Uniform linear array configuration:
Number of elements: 12
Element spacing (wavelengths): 0.25
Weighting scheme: exponential
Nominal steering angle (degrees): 15
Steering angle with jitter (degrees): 15.153
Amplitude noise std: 0.05
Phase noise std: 0.05

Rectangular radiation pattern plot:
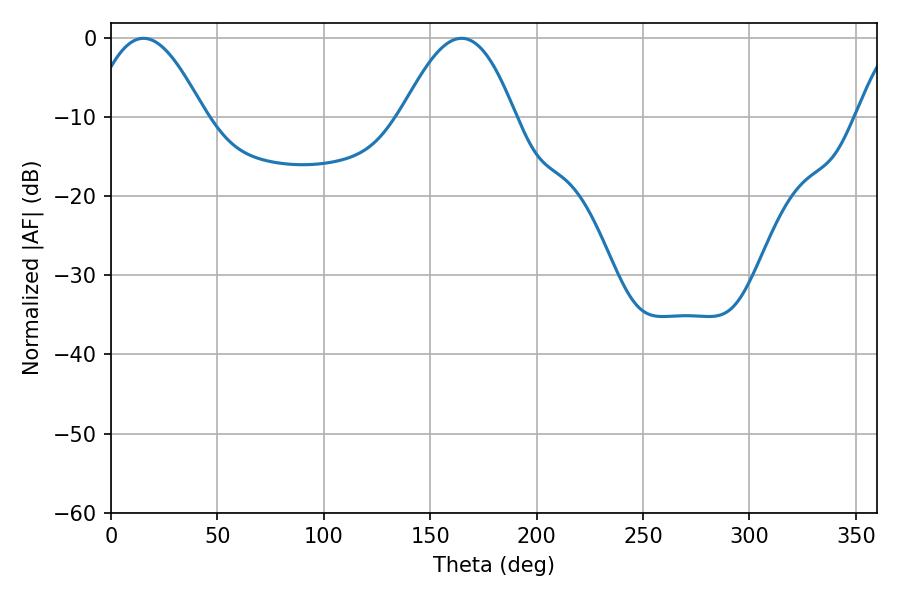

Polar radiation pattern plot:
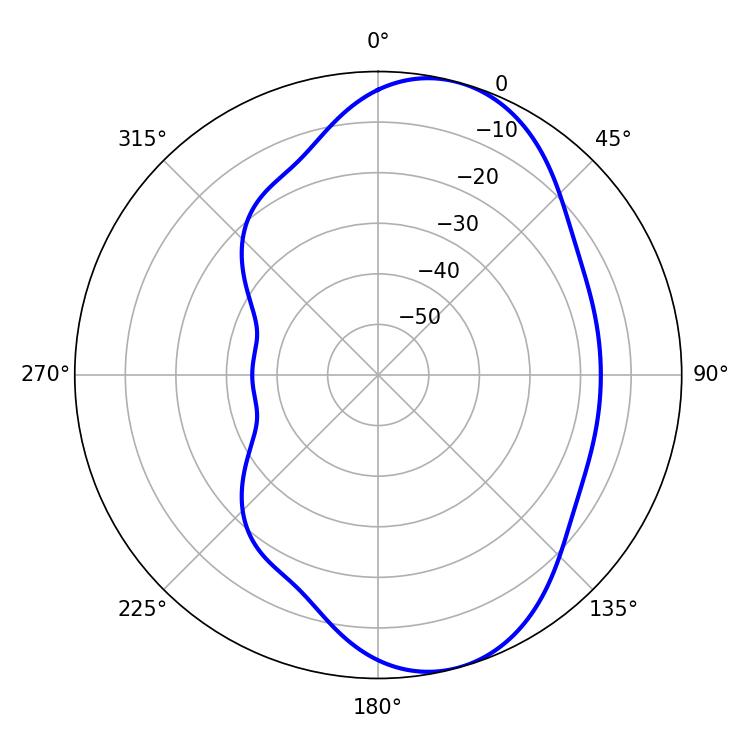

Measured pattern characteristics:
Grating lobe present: FALSE
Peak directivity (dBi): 7.735
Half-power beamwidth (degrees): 28.8
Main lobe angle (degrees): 15.3